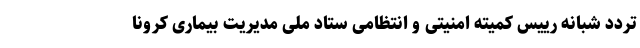
تردد شبانه رییس کمیته امنیتی و انتظامی ستاد ملی مدیریت بیماری کرونا